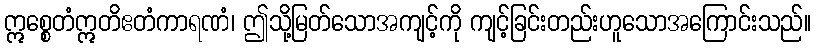
ဣစ္စေတံဣတိဧတံကာရဏံ၊ ဤသို့မြတ်သောအကျင့်ကို ကျင့်ခြင်းတည်းဟူသောအကြောင်းသည်။